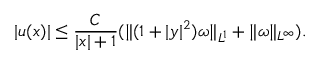
| u ( x ) | \leq \frac { C } { | x | + 1 } ( \| ( 1 + | y | ^ { 2 } ) \omega \| _ { L ^ { 1 } } + \| \omega \| _ { L ^ { \infty } } ) .